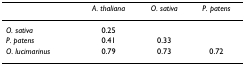
<table><thead><tr><td></td><td><b><i>A. thaliana</i></b></td><td><b><i>O. sativa</i></b></td><td><b><i>P. patens</i></b></td></tr></thead><tbody><tr><td><i>O. sativa</i></td><td>0.25</td><td></td><td></td></tr><tr><td><i>P. patens</i></td><td>0.41</td><td>0.33</td><td></td></tr><tr><td><i>O. lucimarinus</i></td><td>0.79</td><td>0.73</td><td>0.72</td></tr></tbody></table>